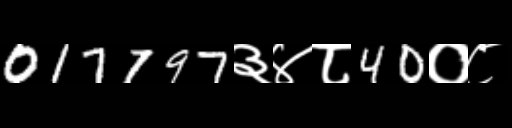
Text: 017797३४८40०८